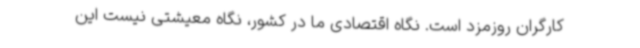
کارگران روزمزد است. نگاه اقتصادی ما در کشور، نگاه معیشتی نیست این